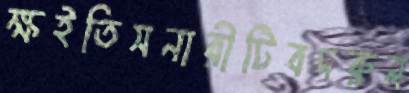
ক্ষইতিসনারীটিবদরুন